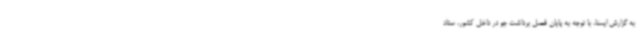
به گزارش ایسنا، با توجه به پایان فصل برداشت جو در داخل کشور، ستاد